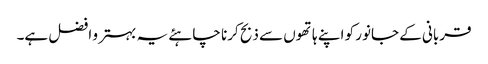
قربانی کے جانور کو اپنے ہاتھوں سے ذبح کرنا چاہئے یہ بہتر و افضل ہے۔